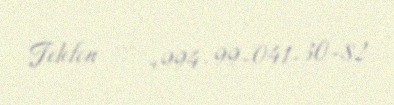
Telefon — +994-99-041-30-82